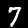
Digit: 7